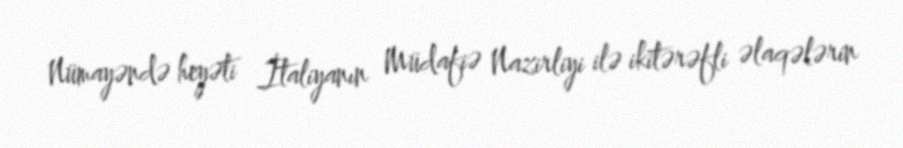
Nümayəndə heyəti İtaliyanın Müdafiə Nazirliyi ilə ikitərəfli əlaqələrin